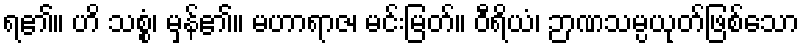
ရ၏။ ဟိ သစ္စံ၊ မှန်၏။ မဟာရာဇ၊ မင်းမြတ်။ ဝီရိယံ၊ ဉာဏသမ္ပယုတ်ဖြစ်သော